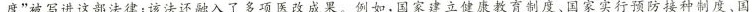
度”被写进这部法律；该法还融入了多项医改成果。例如，国家建立健康教育制度、国